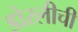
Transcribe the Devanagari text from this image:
डोरलीची